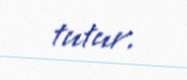
tutur.